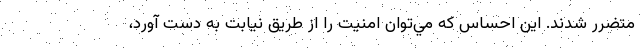
متضرر شدند. اين احساس كه مي‌توان امنيت را از طريق نيابت به دست آورد،